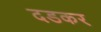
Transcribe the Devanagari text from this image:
दडकर